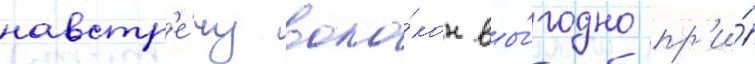
навстр'е́чу воло́кон вы́годно пр'и́